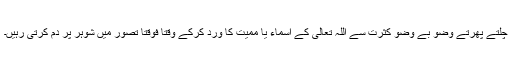
چلتے پھرتے وضو بے وضو کثرت سے اللہ تعالیٰ کے اسماء یا ممیت کا ورد کرکے وقتاً فوقتاً تصور میں شوہر پر دم کرتی رہیں۔